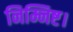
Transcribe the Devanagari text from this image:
निम्निष्ट।